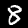
Label: 8